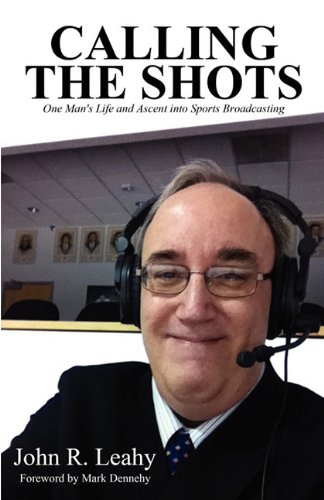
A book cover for Calling the Shots: One Man's Life and Ascent Into Sports Broadcasting; John R. Leahy; Sports & Outdoors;